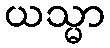
ယသ္မာ